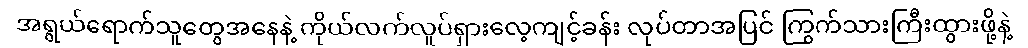
အရွယ်ရောက်သူတွေအနေနဲ့ ကိုယ်လက်လှုပ်ရှားလေ့ကျင့်ခန်း လုပ်တာအပြင် ကြွက်သားကြီးထွားဖို့နဲ့